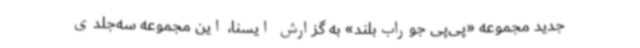
جدید مجموعه «پی‌پی جوراب‌بلند» به گزارش ایسنا، این مجموعه سه‌جلدی